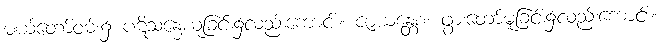
မယ်တော်ဝမ်း၌ ပဋိသန္ဓေယူခြင်း၌လည်းကောင်း။ ဇာယန္တေစ၊ ဖွားတော်မူခြင်း၌လည်းကောင်း။